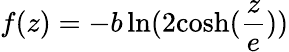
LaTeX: f(z)=-b\ln(2\textrm{cosh}(\frac{z}{e}))